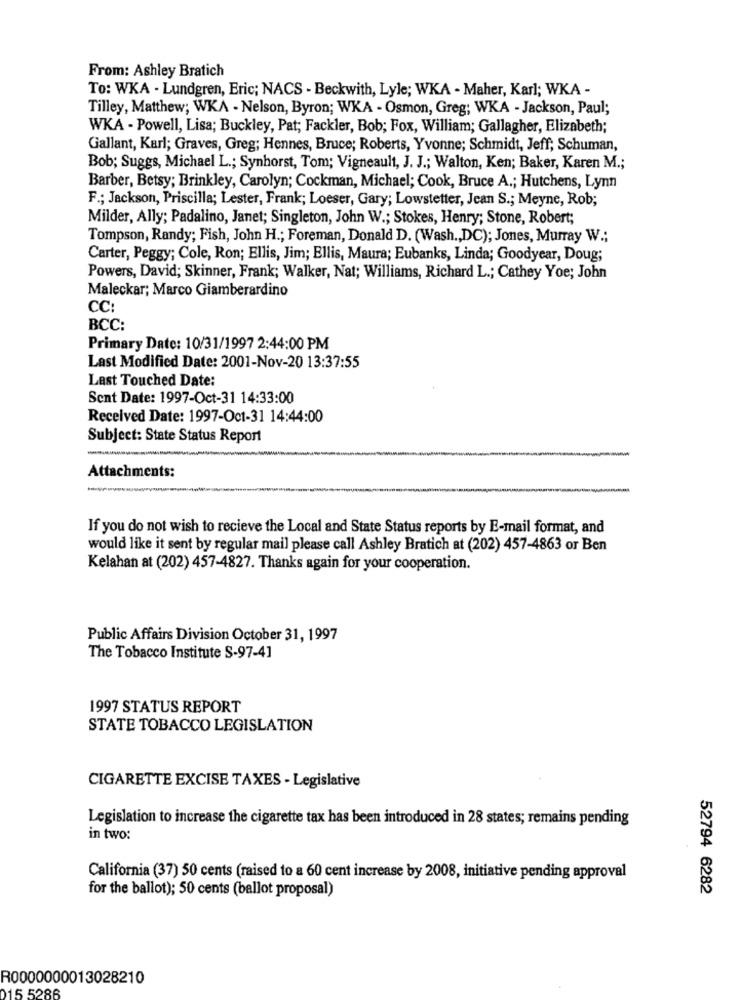
From: Ashley Bratich
To: WKA - Lundgren, Eric; NACS - Beckwith, Lyle; WKA - Maher, Karl; WKA -
Tilley, Matthew; WKA - Nelson, Byron; WKA - Osmon, Greg; WKA - Jackson, Paul;
WKA - Powell, Lisa; Buckley, Pat; Fackler, Bob; Fox, William; Gallagher, Elizabeth;
Gallant, Karl; Graves, Greg; Hennes, Bruce; Roberts, Yvonne; Schmidt, Jeff; Schuman,
Bob; Suggs, Michael L .; Synhorst, Tom; Vigneault, J. J .; Walton, Ken; Baker, Karen M .;
Barber, Betsy; Brinkley, Carolyn; Cockman, Michael; Cook, Bruce A .; Hutchens, Lynn
F .; Jackson, Priscilla; Lester, Frank; Loeser, Gary; Lowstetter, Jean S .; Meyne, Rob;
Milder, Ally; Padalino, Janet; Singleton, John W .; Stokes, Henry; Stone, Robert;
Tompson, Randy; Fish, John H .; Foreman, Donald D. (Wash ., DC); Jones, Murray W .;
Carter, Peggy; Cole, Ron; Ellis, Jim; Ellis, Maura; Eubanks, Linda; Goodyear, Doug;
Powers, David; Skinner, Frank; Walker, Nat; Williams, Richard L .; Cathey Yoe; John
Maleckar; Marco Giamberardino
CC
BCC:
Primary Date: 10/31/1997 2:44:00 PM
Last Modified Date: 2001-Nov-20 13:37:55
Last Touched Date:
Sent Date: 1997-Oct-31 14:33:00
Received Date: 1997-Oct-31 14:44:00
Subject: State Status Report
Attachments:
If you do not wish to recieve the Local and State Status reports by E-mail format, and
would like it sent by regular mail please call Ashley Bratich at (202) 457-4863 or Ben
Kelahan at (202) 457-4827. Thanks again for your cooperation.
Public Affairs Division October 31, 1997
The Tobacco Institute S-97-41
1997 STATUS REPORT
STATE TOBACCO LEGISLATION
CIGARETTE EXCISE TAXES - Legislative
Legislation to increase the cigarette tax has been introduced in 28 states; remains pending
in two:
California (37) 50 cents (raised to a 60 cent increase by 2008, initiative pending approval
52794 6282
for the ballot); 50 cents (ballot proposal)
R0000000013028210
015 5286